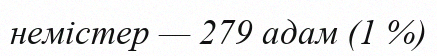
немістер — 279 адам (1 %)